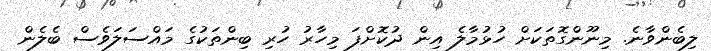
ލިބެންވާނެ. މިނޫންގޮތަކަށް ހުޅުމާލެ އިން ދުކޮށްފަ މިހާރު ހުރި ބިންތަކުގެ މައްސަލަވެސް ބެލެން